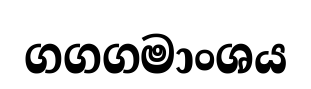
ගගගමාංශය